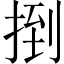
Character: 捯